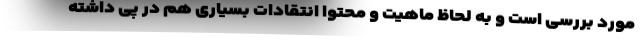
مورد بررسی است و به لحاظ ماهیت و محتوا انتقادات بسیاری هم در پی داشته